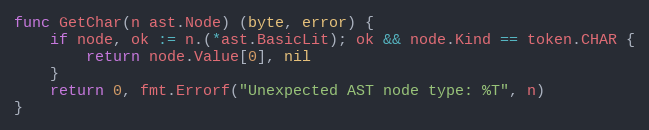
Language: Go
func GetChar(n ast.Node) (byte, error) {
	if node, ok := n.(*ast.BasicLit); ok && node.Kind == token.CHAR {
		return node.Value[0], nil
	}
	return 0, fmt.Errorf("Unexpected AST node type: %T", n)
}